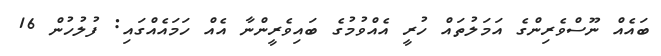
ބައެއް ނޫސްވެރިންގެ އަމަލުތައް ހުރީ އެއްވުމުގެ ބައިވެރީންނާ އެއް ހަމައެއްގައި: ފުލުހުން 16